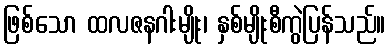
ဖြစ်သော ထလဇနဂါးမျိုး၊ နှစ်မျိုးစီကွဲပြန်သည်။